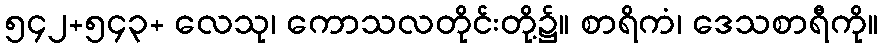
၅၄၂+၅၄၃+ လေသု၊ ကောသလတိုင်းတို့၌။ စာရိကံ၊ ဒေသစာရီကို။